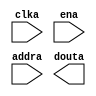
module ROM_4K(
  clka,
  ena,
  addra,
  douta
);

input clka;
input ena;
input [11 : 0] addra;
output [15 : 0] douta;

// synthesis translate_off

  BLK_MEM_GEN_V6_2 #(
    .C_ADDRA_WIDTH(12),
    .C_ADDRB_WIDTH(12),
    .C_ALGORITHM(1),
    .C_AXI_ID_WIDTH(4),
    .C_AXI_SLAVE_TYPE(0),
    .C_AXI_TYPE(1),
    .C_BYTE_SIZE(9),
    .C_COMMON_CLK(0),
    .C_DEFAULT_DATA("0"),
    .C_DISABLE_WARN_BHV_COLL(1),
    .C_DISABLE_WARN_BHV_RANGE(1),
    .C_FAMILY("spartan6"),
    .C_HAS_AXI_ID(0),
    .C_HAS_ENA(1),
    .C_HAS_ENB(0),
    .C_HAS_INJECTERR(0),
    .C_HAS_MEM_OUTPUT_REGS_A(0),
    .C_HAS_MEM_OUTPUT_REGS_B(0),
    .C_HAS_MUX_OUTPUT_REGS_A(0),
    .C_HAS_MUX_OUTPUT_REGS_B(0),
    .C_HAS_REGCEA(0),
    .C_HAS_REGCEB(0),
    .C_HAS_RSTA(0),
    .C_HAS_RSTB(0),
    .C_HAS_SOFTECC_INPUT_REGS_A(0),
    .C_HAS_SOFTECC_OUTPUT_REGS_B(0),
    .C_INIT_FILE_NAME("ROM_4K.mif"),
    .C_INITA_VAL("0"),
    .C_INITB_VAL("0"),
    .C_INTERFACE_TYPE(0),
    .C_LOAD_INIT_FILE(1),
    .C_MEM_TYPE(3),
    .C_MUX_PIPELINE_STAGES(0),
    .C_PRIM_TYPE(1),
    .C_READ_DEPTH_A(4096),
    .C_READ_DEPTH_B(4096),
    .C_READ_WIDTH_A(16),
    .C_READ_WIDTH_B(16),
    .C_RST_PRIORITY_A("CE"),
    .C_RST_PRIORITY_B("CE"),
    .C_RST_TYPE("SYNC"),
    .C_RSTRAM_A(0),
    .C_RSTRAM_B(0),
    .C_SIM_COLLISION_CHECK("ALL"),
    .C_USE_BYTE_WEA(0),
    .C_USE_BYTE_WEB(0),
    .C_USE_DEFAULT_DATA(0),
    .C_USE_ECC(0),
    .C_USE_SOFTECC(0),
    .C_WEA_WIDTH(1),
    .C_WEB_WIDTH(1),
    .C_WRITE_DEPTH_A(4096),
    .C_WRITE_DEPTH_B(4096),
    .C_WRITE_MODE_A("WRITE_FIRST"),
    .C_WRITE_MODE_B("WRITE_FIRST"),
    .C_WRITE_WIDTH_A(16),
    .C_WRITE_WIDTH_B(16),
    .C_XDEVICEFAMILY("spartan6")
  )
  inst (
    .CLKA(clka),
    .ENA(ena),
    .ADDRA(addra),
    .DOUTA(douta),
    .RSTA(),
    .REGCEA(),
    .WEA(),
    .DINA(),
    .CLKB(),
    .RSTB(),
    .ENB(),
    .REGCEB(),
    .WEB(),
    .ADDRB(),
    .DINB(),
    .DOUTB(),
    .INJECTSBITERR(),
    .INJECTDBITERR(),
    .SBITERR(),
    .DBITERR(),
    .RDADDRECC(),
    .S_ACLK(),
    .S_ARESETN(),
    .S_AXI_AWID(),
    .S_AXI_AWADDR(),
    .S_AXI_AWLEN(),
    .S_AXI_AWSIZE(),
    .S_AXI_AWBURST(),
    .S_AXI_AWVALID(),
    .S_AXI_AWREADY(),
    .S_AXI_WDATA(),
    .S_AXI_WSTRB(),
    .S_AXI_WLAST(),
    .S_AXI_WVALID(),
    .S_AXI_WREADY(),
    .S_AXI_BID(),
    .S_AXI_BRESP(),
    .S_AXI_BVALID(),
    .S_AXI_BREADY(),
    .S_AXI_ARID(),
    .S_AXI_ARADDR(),
    .S_AXI_ARLEN(),
    .S_AXI_ARSIZE(),
    .S_AXI_ARBURST(),
    .S_AXI_ARVALID(),
    .S_AXI_ARREADY(),
    .S_AXI_RID(),
    .S_AXI_RDATA(),
    .S_AXI_RRESP(),
    .S_AXI_RLAST(),
    .S_AXI_RVALID(),
    .S_AXI_RREADY(),
    .S_AXI_INJECTSBITERR(),
    .S_AXI_INJECTDBITERR(),
    .S_AXI_SBITERR(),
    .S_AXI_DBITERR(),
    .S_AXI_RDADDRECC()
  );

// synthesis translate_on

endmodule